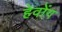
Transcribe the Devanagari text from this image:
हेवोंग